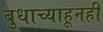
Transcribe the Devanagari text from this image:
बुधाच्याहूनही